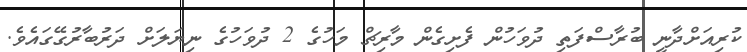
ކުރިއަށްދާނީ ބުރާސްފަތި ދުވަހުން ފެށިގެން މާރިޗް މަހުގެ 2 ދުވަހުގެ ނިޔަލަށް ދަރުބާރުގޭގައެވެ.